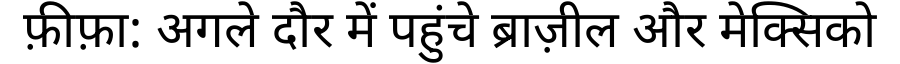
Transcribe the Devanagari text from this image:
फ़ीफ़ा: अगले दौर में पहुंचे ब्राज़ील और मेक्सिको